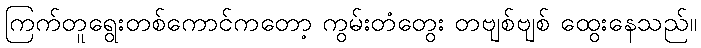
ကြက်တူရွေးတစ်ကောင်ကတော့ ကွမ်းတံတွေး တဗျစ်ဗျစ် ထွေးနေသည်။